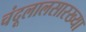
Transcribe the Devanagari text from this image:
चंदूलालसारख्या